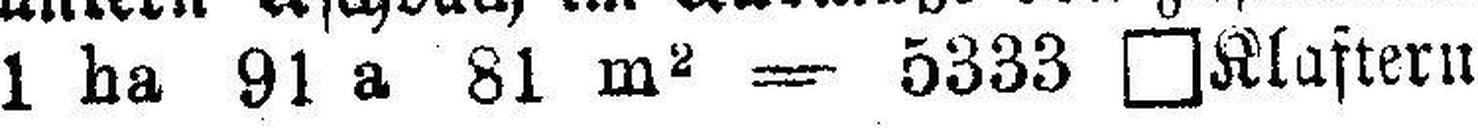
1 ha 91 a 81 m2 = 5333 □Klaftern